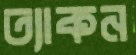
ত্যাকন